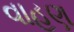
વાહણ